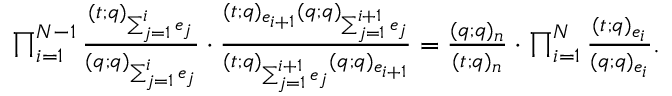
\begin{array} { r } { \prod _ { i = 1 } ^ { N - 1 } \frac { ( t ; q ) _ { \sum _ { j = 1 } ^ { i } e _ { j } } } { ( q ; q ) _ { \sum _ { j = 1 } ^ { i } e _ { j } } } \cdot \frac { ( t ; q ) _ { e _ { i + 1 } } ( q ; q ) _ { \sum _ { j = 1 } ^ { i + 1 } e _ { j } } } { ( t ; q ) _ { \sum _ { j = 1 } ^ { i + 1 } e _ { j } } ( q ; q ) _ { e _ { i + 1 } } } = \frac { ( q ; q ) _ { n } } { ( t ; q ) _ { n } } \cdot \prod _ { i = 1 } ^ { N } \frac { ( t ; q ) _ { e _ { i } } } { ( q ; q ) _ { e _ { i } } } . } \end{array}